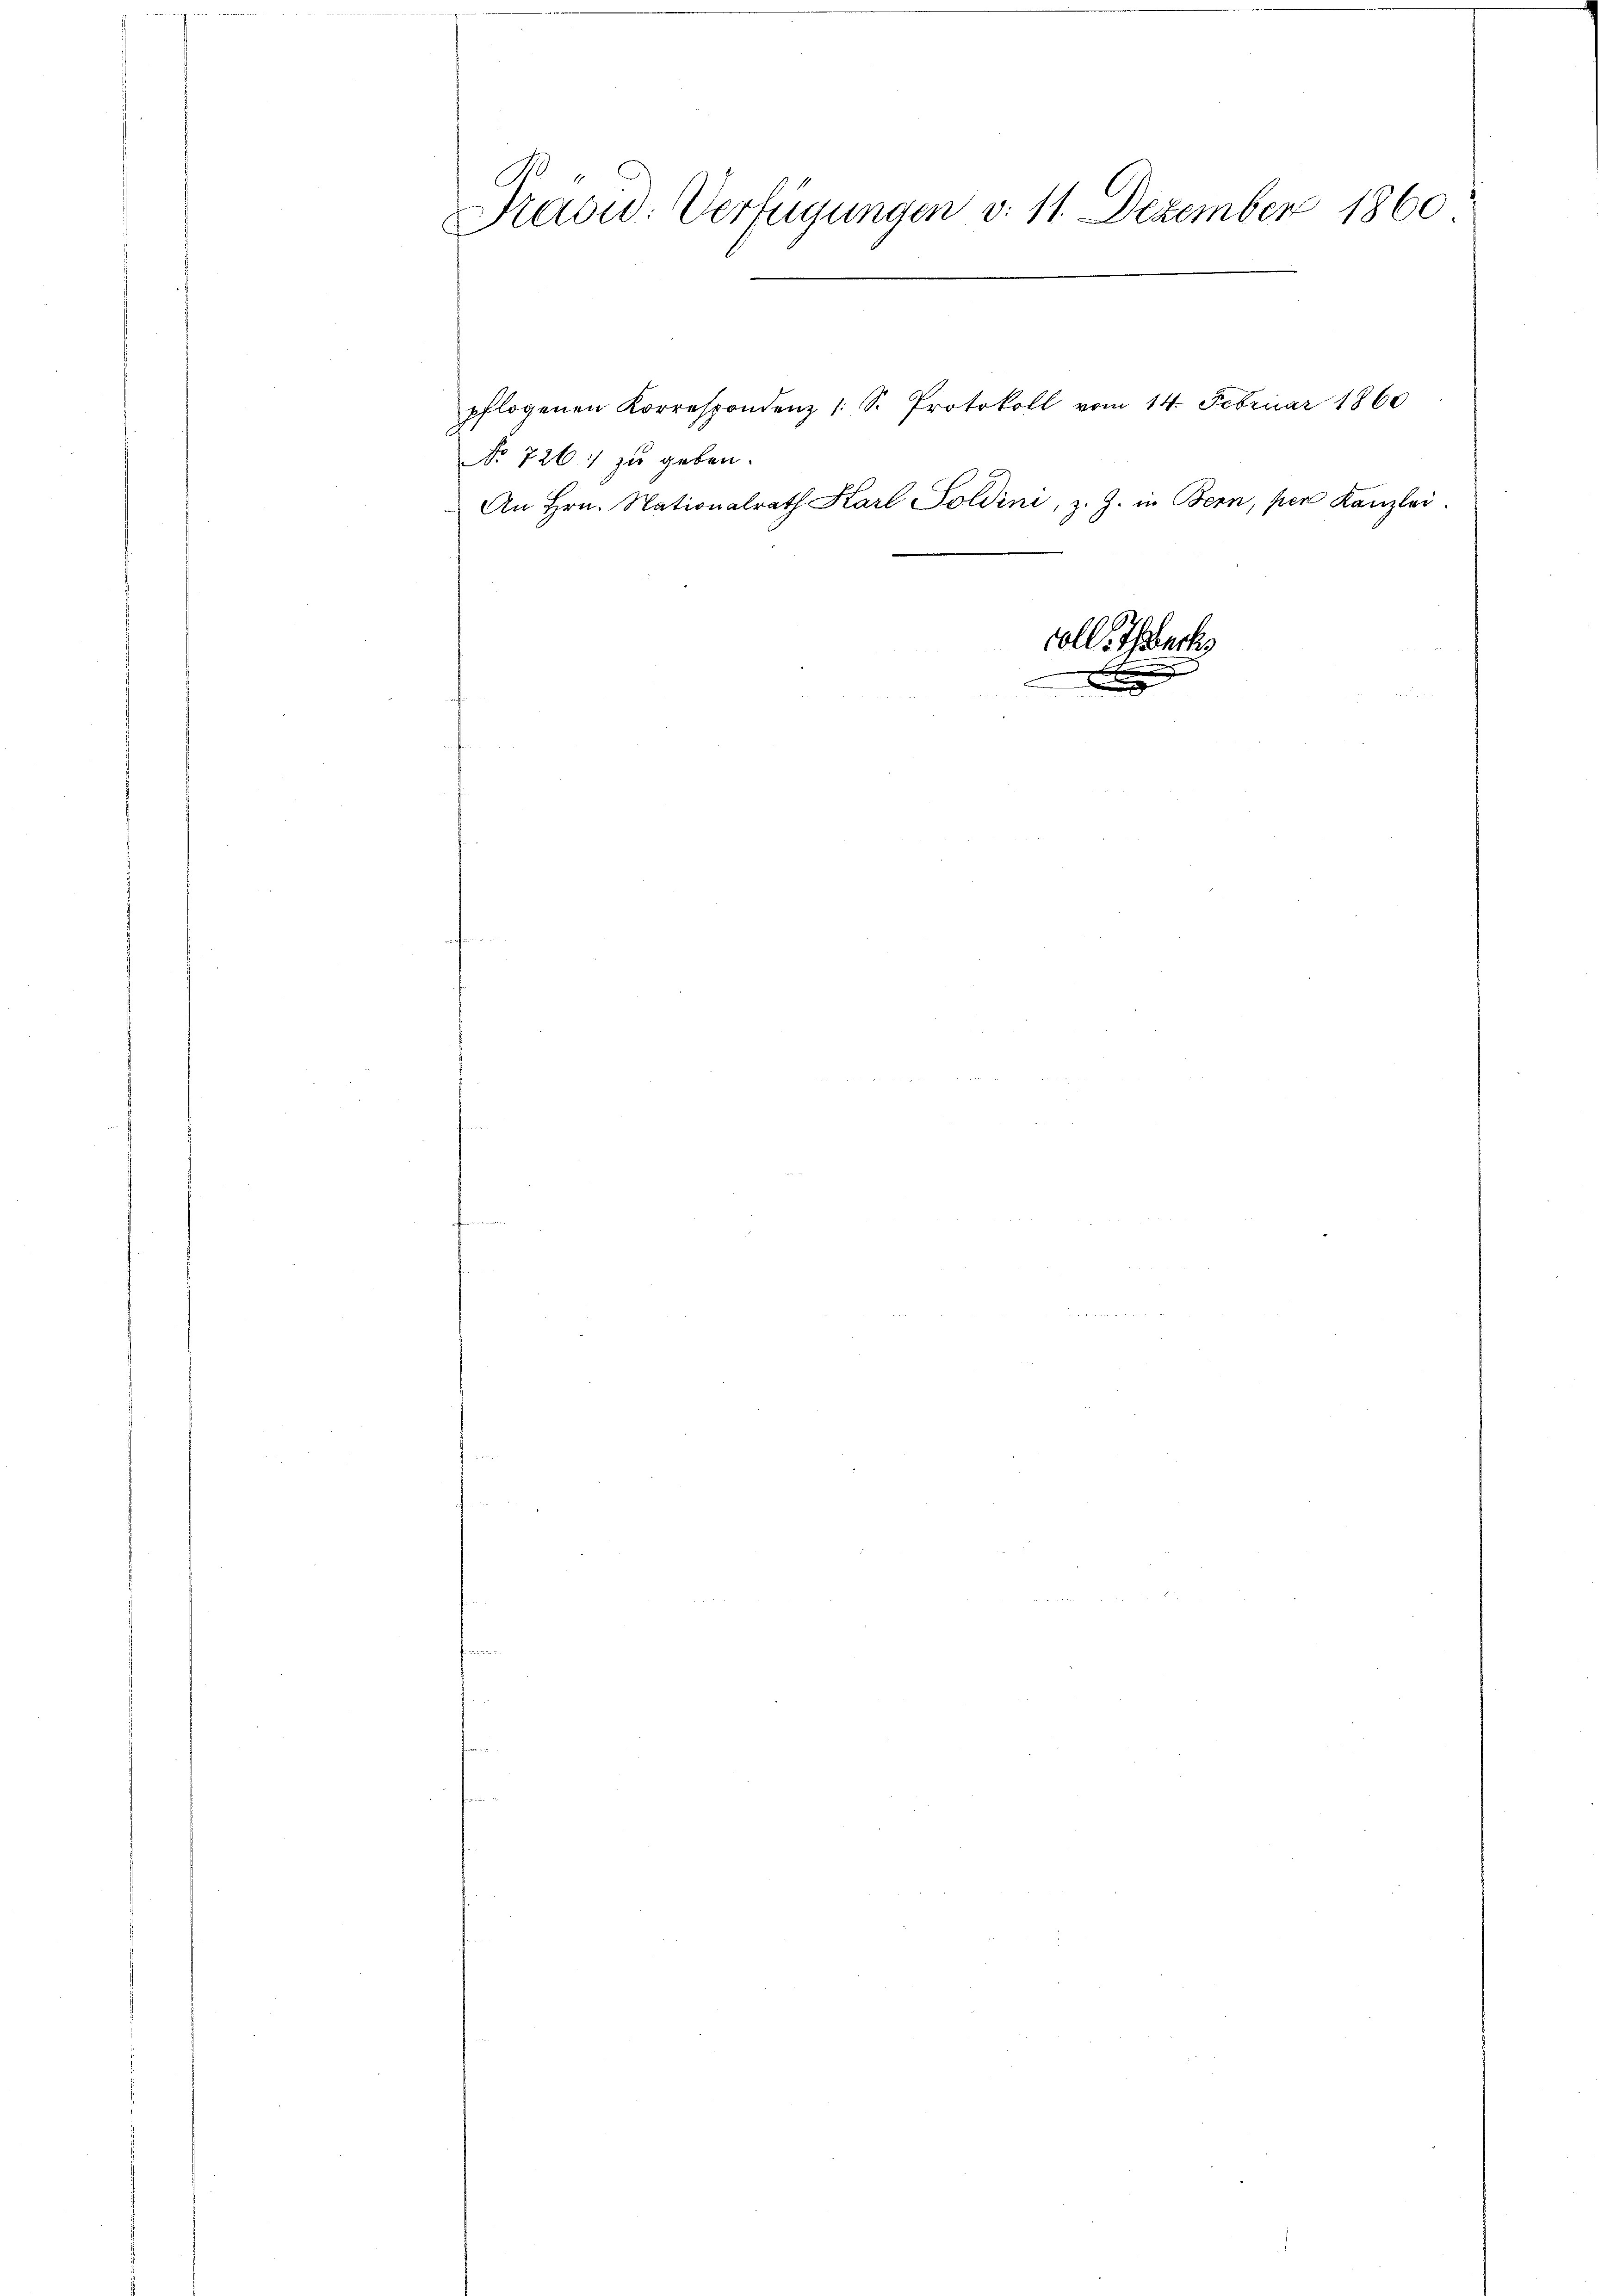
l
Präsid. Verfügungen v. 11. Dezember 1860
pflogenen Korrespondenz /: S. Protokoll vom 14. Februar 1860

No 726: zu geben.

An Hrn. Nationalrath Karl Toldini, z. Z. in Bern, per Kanzlei.
.

voll. Teuch